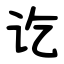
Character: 讫